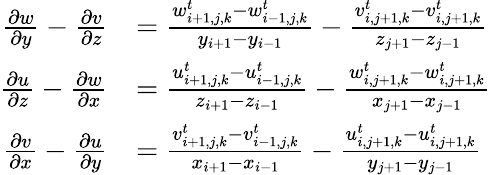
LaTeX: \begin{array}{rl}{\frac{\partial w}{\partial y}-\frac{\partial v}{\partial z}}&{=\frac{w_{i+1,j,k}^{t}-w_{i-1,j,k}^{t}}{y_{i+1}-y_{i-1}}-\frac{v_{i,j+1,k}^{t}-v_{i,j+1,k}^{t}}{z_{j+1}-z_{j-1}}}\\ {\frac{\partial u}{\partial z}-\frac{\partial w}{\partial x}}&{=\frac{u_{i+1,j,k}^{t}-u_{i-1,j,k}^{t}}{z_{i+1}-z_{i-1}}-\frac{w_{i,j+1,k}^{t}-w_{i,j+1,k}^{t}}{x_{j+1}-x_{j-1}}}\\ {\frac{\partial v}{\partial x}-\frac{\partial u}{\partial y}}&{=\frac{v_{i+1,j,k}^{t}-v_{i-1,j,k}^{t}}{x_{i+1}-x_{i-1}}-\frac{u_{i,j+1,k}^{t}-u_{i,j+1,k}^{t}}{y_{j+1}-y_{j-1}}}\end{array}